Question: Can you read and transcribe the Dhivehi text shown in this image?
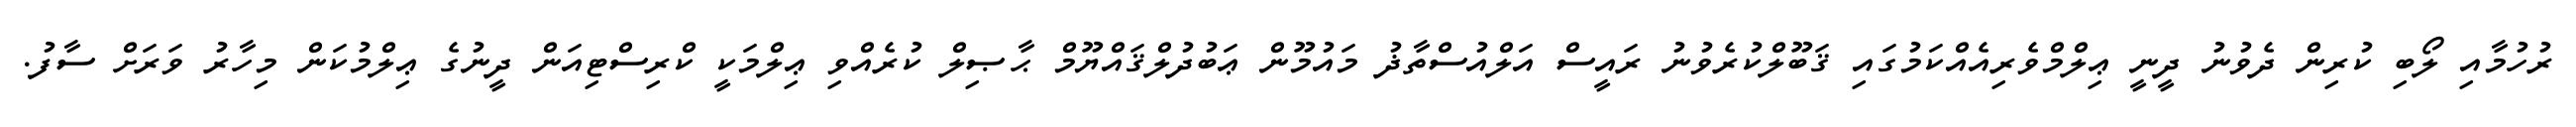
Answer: ރުހުމާއި ލޯބި ކުރިން ދެވުނު ދީނީ ޢިލްމްވެރިއެއްކަމުގައި ޤަބޫލްކުރެވުނު ރައީސް އަލްއުސްތާޛު މައުމޫން ޢަބުދުލްޤައްޔޫމް ޙާޞިލް ކުރެއްވި ޢިލްމަކީ ކްރިސްޓިއަން ދީނުގެ ޢިލްމުކަން މިހާރު ވަރަށް ސާފު.